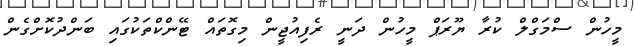
މީހުން ސްމަގްލް ކުރާ ޔޫރަޕް މީހުން ދަނީ ރެފިއުޖީން މިގޮތައް ޓޭންކްތަކުގައި ބަންދުކޮށްގެން